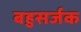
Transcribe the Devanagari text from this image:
बहुसर्जक